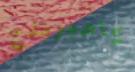
كامبريدج